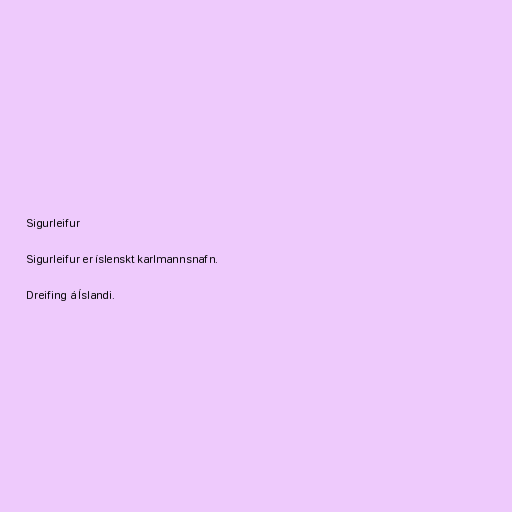
Sigurleifur

Sigurleifur er íslenskt karlmannsnafn.

Dreifing á Íslandi.